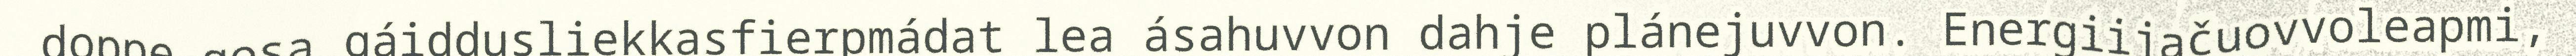
doppe gosa gáiddusliekkasfierpmádat lea ásahuvvon dahje plánejuvvon. Energiijačuovvoleapmi,